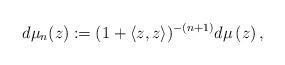
LaTeX: \begin{align*}d\mu _{n}(z):=(1+\langle z,z\rangle )^{-(n+1)}d\mu \left( z\right) ,\end{align*}